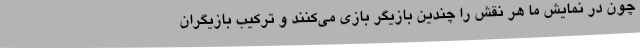
چون در نمایش ما هر نقش را چندین بازیگر بازی می‌کنند و ترکیب بازیگران